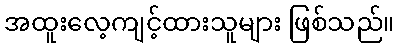
အထူးလေ့ကျင့်ထားသူများ ဖြစ်သည်။